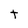
Character: t